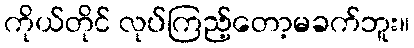
ကိုယ်တိုင် လုပ်ကြည့်တော့မခက်ဘူး။